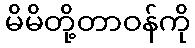
မိမိတို့တာဝန်ကို